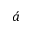
\acute { a }